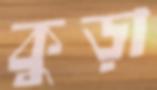
কুড়া